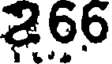
266